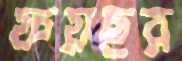
ফয়ছর